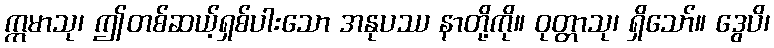
ဣမာသု၊ ဤတစ်ဆယ့်ရှစ်ပါးသော အနုပဿ နာတို့ကို။ ဝုတ္တာသု၊ ရှိသော်။ ဒွေပိ၊